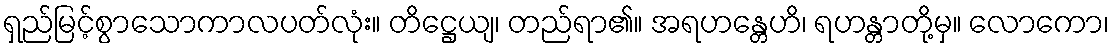
ရှည်မြင့်စွာသောကာလပတ်လုံး။ တိဋ္ဌေယျ၊ တည်ရာ၏။ အရဟန္တေဟိ၊ ရဟန္တာတို့မှ။ လောကော၊